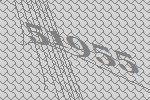
51955